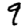
Digit: 9